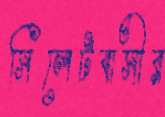
সিলেটবাসীর